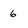
Character: 6